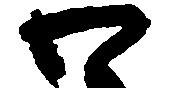
わ